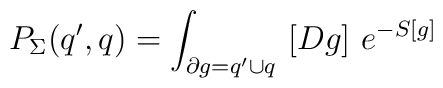
P_{\Sigma}(q',q)=\int_{\partial g=q'\cup q}\ [Dg]\ e^{-S[g]}